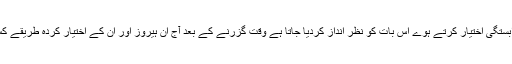
ہیروز اور ان کی حکمت عملی سے وابستگی اختیار کرتے ہوے اس بات کو نظر انداز کردیا جاتا ہے وقت گزرنے کے بعد آج ان ہیروز اور ان کے اختیار کردہ طریقے کس حد لائق اتباع اور قابل استعمال ہیں۔